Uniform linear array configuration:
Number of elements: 4
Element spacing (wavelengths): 1
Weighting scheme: blackman
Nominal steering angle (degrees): -45
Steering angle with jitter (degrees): -44.684
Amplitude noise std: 0.05
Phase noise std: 0.05

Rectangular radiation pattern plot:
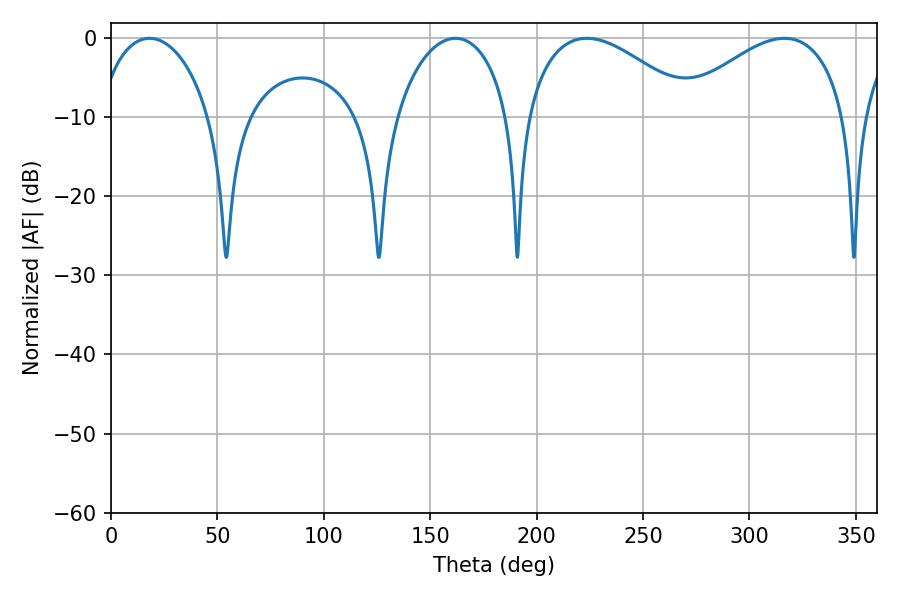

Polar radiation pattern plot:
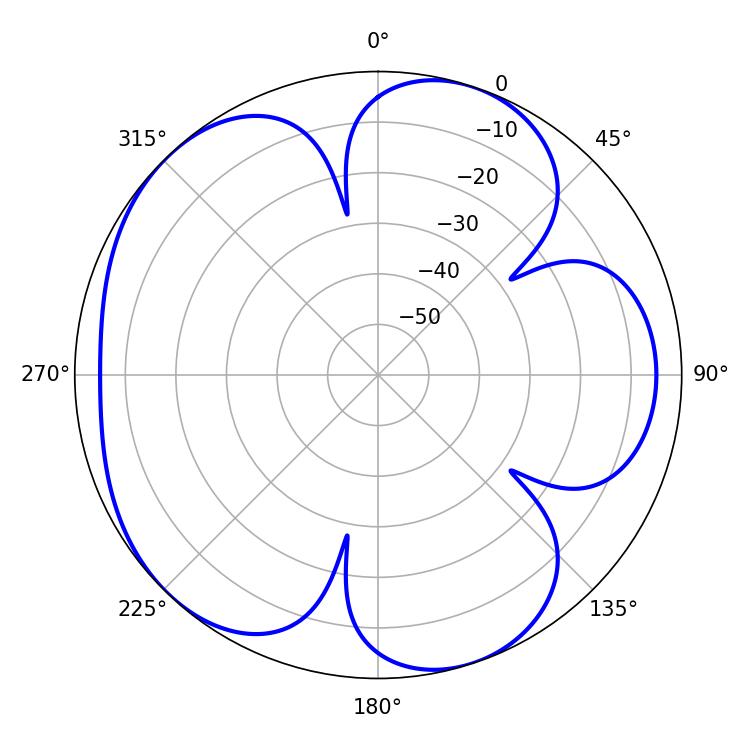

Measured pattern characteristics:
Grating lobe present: TRUE
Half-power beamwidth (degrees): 43.74
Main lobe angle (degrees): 223.56